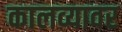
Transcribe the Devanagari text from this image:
कालव्यावर